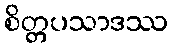
စိတ္တပသာဒဿ